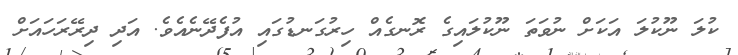
ކުލަ ނޫކުލަ އަކަށް ނުވަތަ ނޫކުލައިގެ ރޮނގެއް ހިރުގަނޑުގައި އުފެދޭނެއެވެ. އަދި ދިރޭރަހައަށް